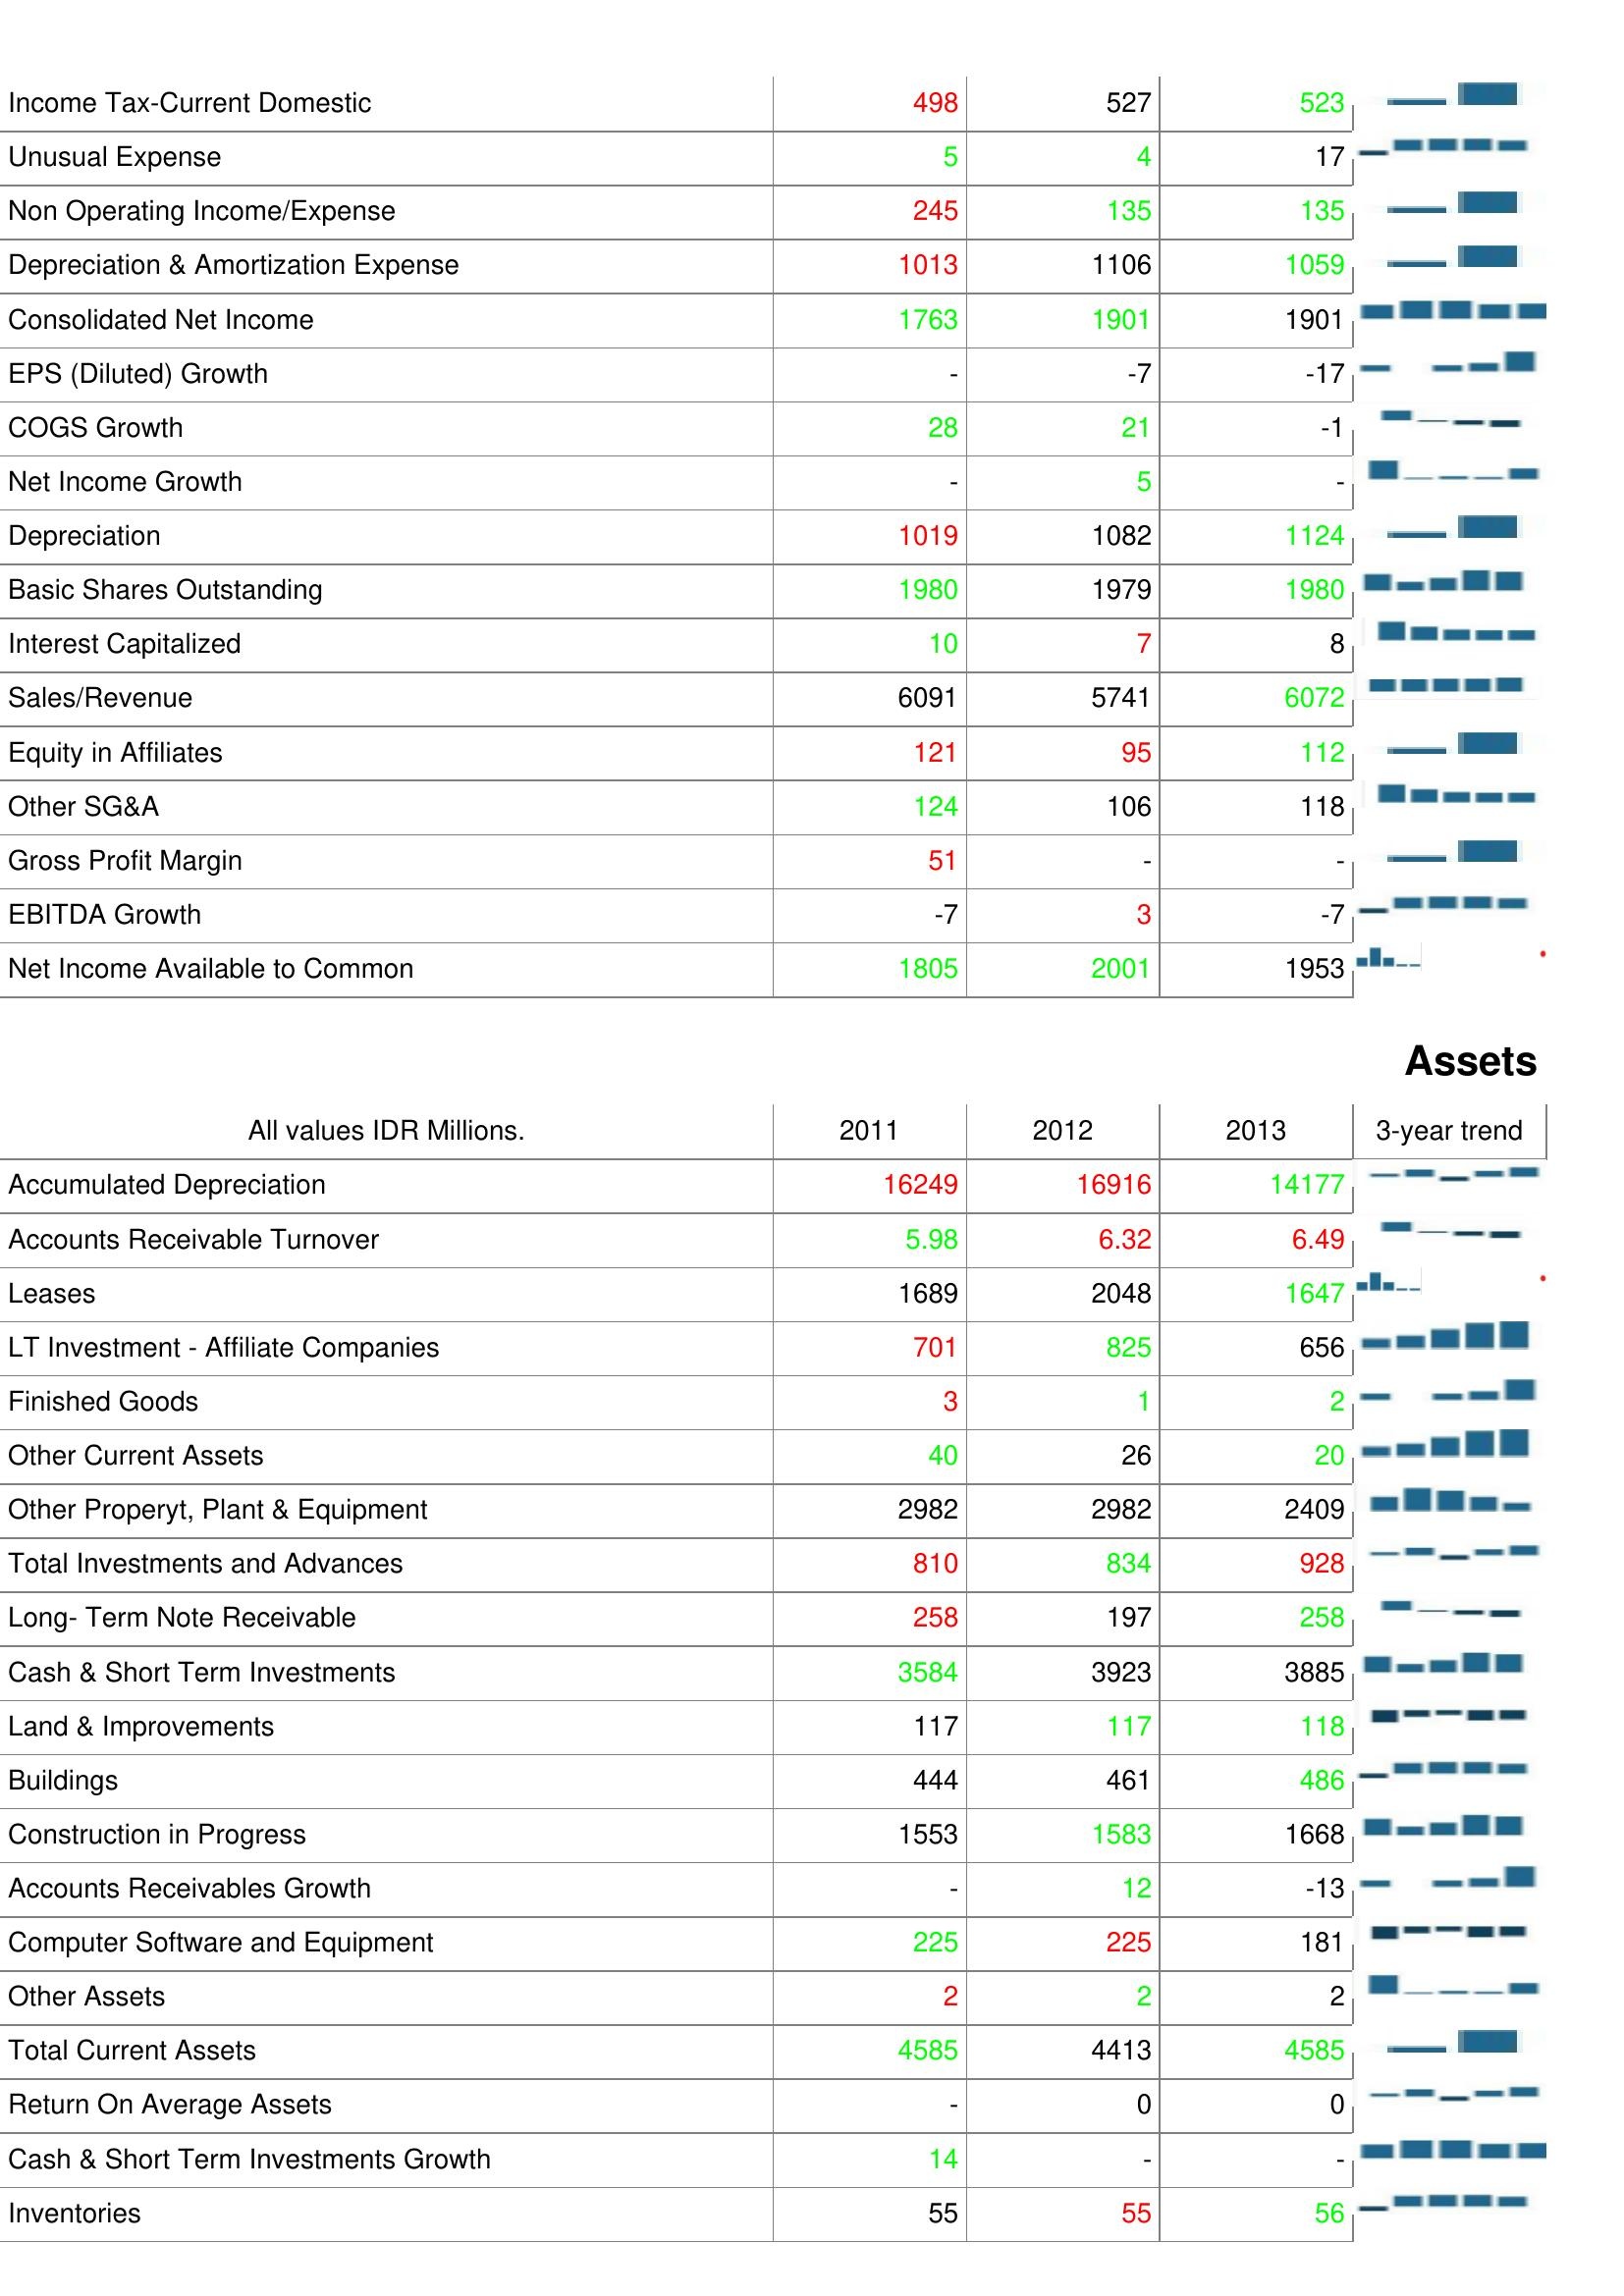
2011: : Income Tax-Current Domestic: 498
Unusual Expense: 5
Non Operating Income/Expense: 245
Depreciation & Amortization Expense: 1013
Consolidated Net Income: 1763
EPS (Diluted) Growth: -
COGS Growth: 28
Net Income Growth: -
Depreciation: 1019
Basic Shares Outstanding: 1980
Interest Capitalized: 10
Sales/Revenue: 6091
Equity in Affiliates: 121
Other SG&A: 124
Gross Profit Margin: 51
EBITDA Growth: -7
Net Income Available to Common: 1805
Assets: Accumulated Depreciation: 16249
Accounts Receivable Turnover: 5.98
Leases: 1689
LT Investment - Affiliate Companies: 701
Finished Goods: 3
Other Current Assets: 40
Other Properyt, Plant & Equipment: 2982
Total Investments and Advances: 810
Long- Term Note Receivable: 258
Cash & Short Term Investments: 3584
Land & Improvements: 117
Buildings: 444
Construction in Progress: 1553
Accounts Receivables Growth: -
Computer Software and Equipment: 225
Other Assets: 2
Total Current Assets: 4585
Return On Average Assets: -
Cash & Short Term Investments Growth: 14
Inventories: 55
2012: : Income Tax-Current Domestic: 527
Unusual Expense: 4
Non Operating Income/Expense: 135
Depreciation & Amortization Expense: 1106
Consolidated Net Income: 1901
EPS (Diluted) Growth: -7
COGS Growth: 21
Net Income Growth: 5
Depreciation: 1082
Basic Shares Outstanding: 1979
Interest Capitalized: 7
Sales/Revenue: 5741
Equity in Affiliates: 95
Other SG&A: 106
Gross Profit Margin: -
EBITDA Growth: 3
Net Income Available to Common: 2001
Assets: Accumulated Depreciation: 16916
Accounts Receivable Turnover: 6.32
Leases: 2048
LT Investment - Affiliate Companies: 825
Finished Goods: 1
Other Current Assets: 26
Other Properyt, Plant & Equipment: 2982
Total Investments and Advances: 834
Long- Term Note Receivable: 197
Cash & Short Term Investments: 3923
Land & Improvements: 117
Buildings: 461
Construction in Progress: 1583
Accounts Receivables Growth: 12
Computer Software and Equipment: 225
Other Assets: 2
Total Current Assets: 4413
Return On Average Assets: 0
Cash & Short Term Investments Growth: -
Inventories: 55
2013: : Income Tax-Current Domestic: 523
Unusual Expense: 17
Non Operating Income/Expense: 135
Depreciation & Amortization Expense: 1059
Consolidated Net Income: 1901
EPS (Diluted) Growth: -17
COGS Growth: -1
Net Income Growth: -
Depreciation: 1124
Basic Shares Outstanding: 1980
Interest Capitalized: 8
Sales/Revenue: 6072
Equity in Affiliates: 112
Other SG&A: 118
Gross Profit Margin: -
EBITDA Growth: -7
Net Income Available to Common: 1953
Assets: Accumulated Depreciation: 14177
Accounts Receivable Turnover: 6.49
Leases: 1647
LT Investment - Affiliate Companies: 656
Finished Goods: 2
Other Current Assets: 20
Other Properyt, Plant & Equipment: 2409
Total Investments and Advances: 928
Long- Term Note Receivable: 258
Cash & Short Term Investments: 3885
Land & Improvements: 118
Buildings: 486
Construction in Progress: 1668
Accounts Receivables Growth: -13
Computer Software and Equipment: 181
Other Assets: 2
Total Current Assets: 4585
Return On Average Assets: 0
Cash & Short Term Investments Growth: -
Inventories: 56